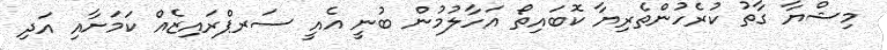
މިޝްޔާ ގާތު ކުރެހުންތެރިޔާ ކޮބައިތޯ އަހާލުމުން ބުނީ އެއީ ސަރޕްރައިޒެއް ކަމަށާއި އަދި